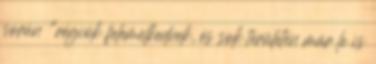
során "régiók felemelkednek, és sok területen már le is